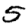
Digit: 5